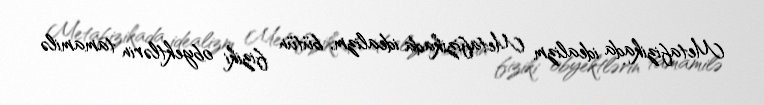
Metafizikada idealizm Metafizikada idealizm, bütün fiziki obyektlərin tamamilə